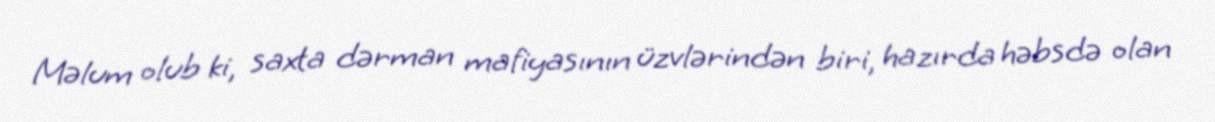
Məlum olub ki, saxta dərman mafiyasının üzvlərindən biri, hazırda həbsdə olan